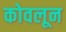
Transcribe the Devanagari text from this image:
कोवलून